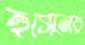
হুসেনের